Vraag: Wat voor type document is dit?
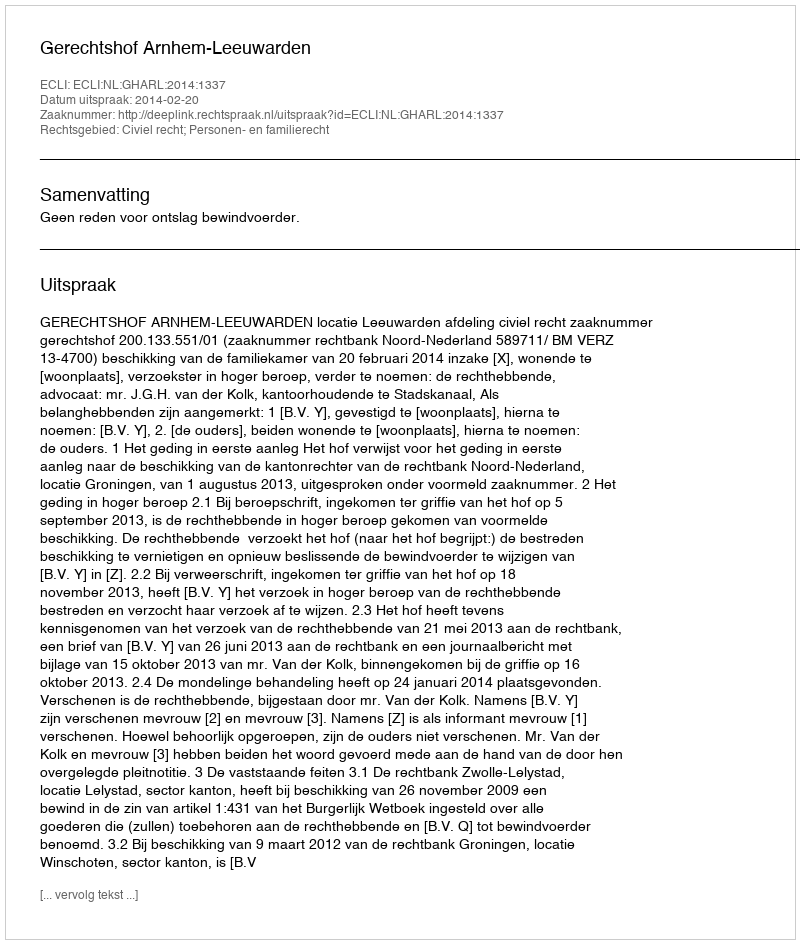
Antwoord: Uitspraak